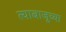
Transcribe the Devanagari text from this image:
त्याबाजूच्या